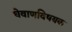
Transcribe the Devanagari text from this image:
घेवाणविषयक